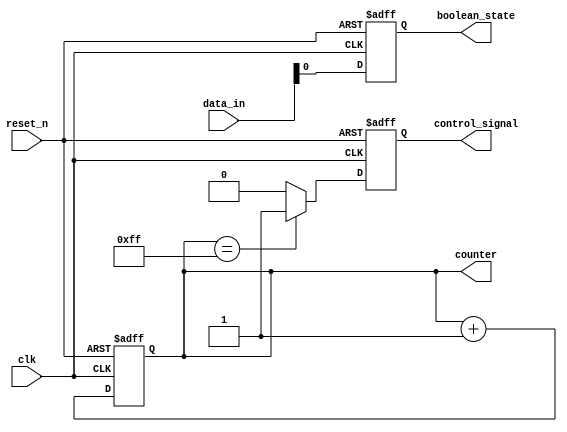
module default_state_initialization (
    input wire clk,           // Clock signal
    input wire reset_n,      // Active-low reset signal
    input wire [7:0] data_in, // Example input data
    output reg [7:0] counter, // Example counter state variable
    output reg boolean_state, // Example boolean state variable
    output reg control_signal  // Example control signal
);

// Default values for state variables
localparam DEFAULT_COUNTER = 8'b00000000; // Counter default value
localparam DEFAULT_BOOLEAN_STATE = 1'b0;   // Boolean state default value
localparam DEFAULT_CONTROL_SIGNAL = 1'b0;  // Control signal default value

// Synchronous reset logic
always @(posedge clk or negedge reset_n) begin
    if (!reset_n) begin
        // Initialize state variables to default values on reset
        counter <= DEFAULT_COUNTER;
        boolean_state <= DEFAULT_BOOLEAN_STATE;
        control_signal <= DEFAULT_CONTROL_SIGNAL;
    end else begin
        // Behavioral logic to update state variables when reset is inactive
        // Example of updating counter based on input data
        counter <= counter + 1; // Increment counter
        boolean_state <= data_in[0]; // Example update from input data
        control_signal <= (counter == 8'b11111111) ? 1'b1 : 1'b0; // Example control logic
    end
end

endmodule